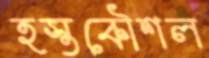
হস্তকৌশল